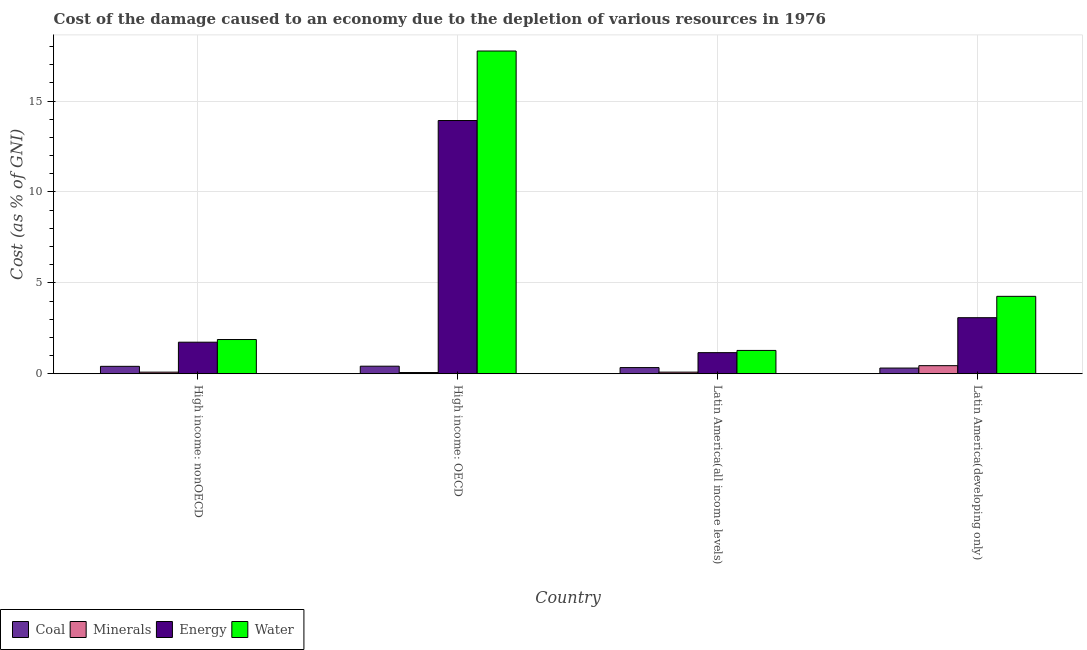
| Country | Coal | Minerals | Energy | Water |
 | --- | --- | --- | --- | --- |
 | High income: nonOECD | 0.407 | 0.0877 | 1.73 | 1.88 |
 | High income: OECD | 0.415 | 0.0659 | 13.9 | 17.8 |
 | Latin America(all income levels) | 0.339 | 0.0887 | 1.16 | 1.28 |
 | Latin America(developing only) | 0.312 | 0.444 | 3.08 | 4.26 |